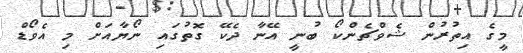
މީގެ އިތުރުން ޝެވްޗެންކޯ ބުނީ އޭނާ ދެކޭ ގޮތުގައި ނޯޔާއަށް މި އެވޯޑް